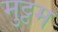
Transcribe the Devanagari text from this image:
मुट्टम